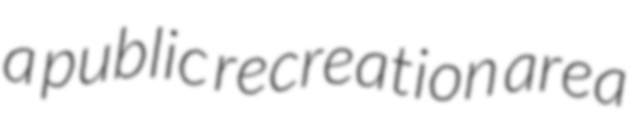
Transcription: a public recreation area